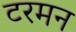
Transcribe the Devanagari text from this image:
टरमन